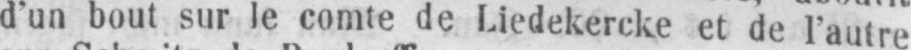
d’un bout sur le comte de Liedekercke et de l’autre